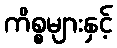
ကိစ္စများနှင့်